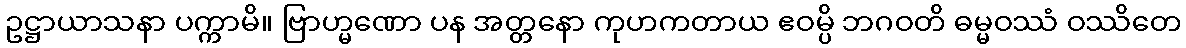
ဥဋ္ဌာယာသနာ ပက္ကာမိ။ ဗြာဟ္မဏော ပန အတ္တနော ကုဟကတာယ ဧဝမ္ပိ ဘဂဝတိ ဓမ္မဝဿံ ဝဿိတေ